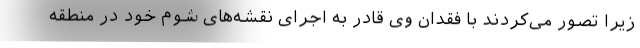
زیرا تصور می‌کردند با فقدان وی قادر به اجرای نقشه‌های شوم خود در منطقه